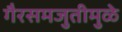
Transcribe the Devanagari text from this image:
गैरसमजुतीमुळे